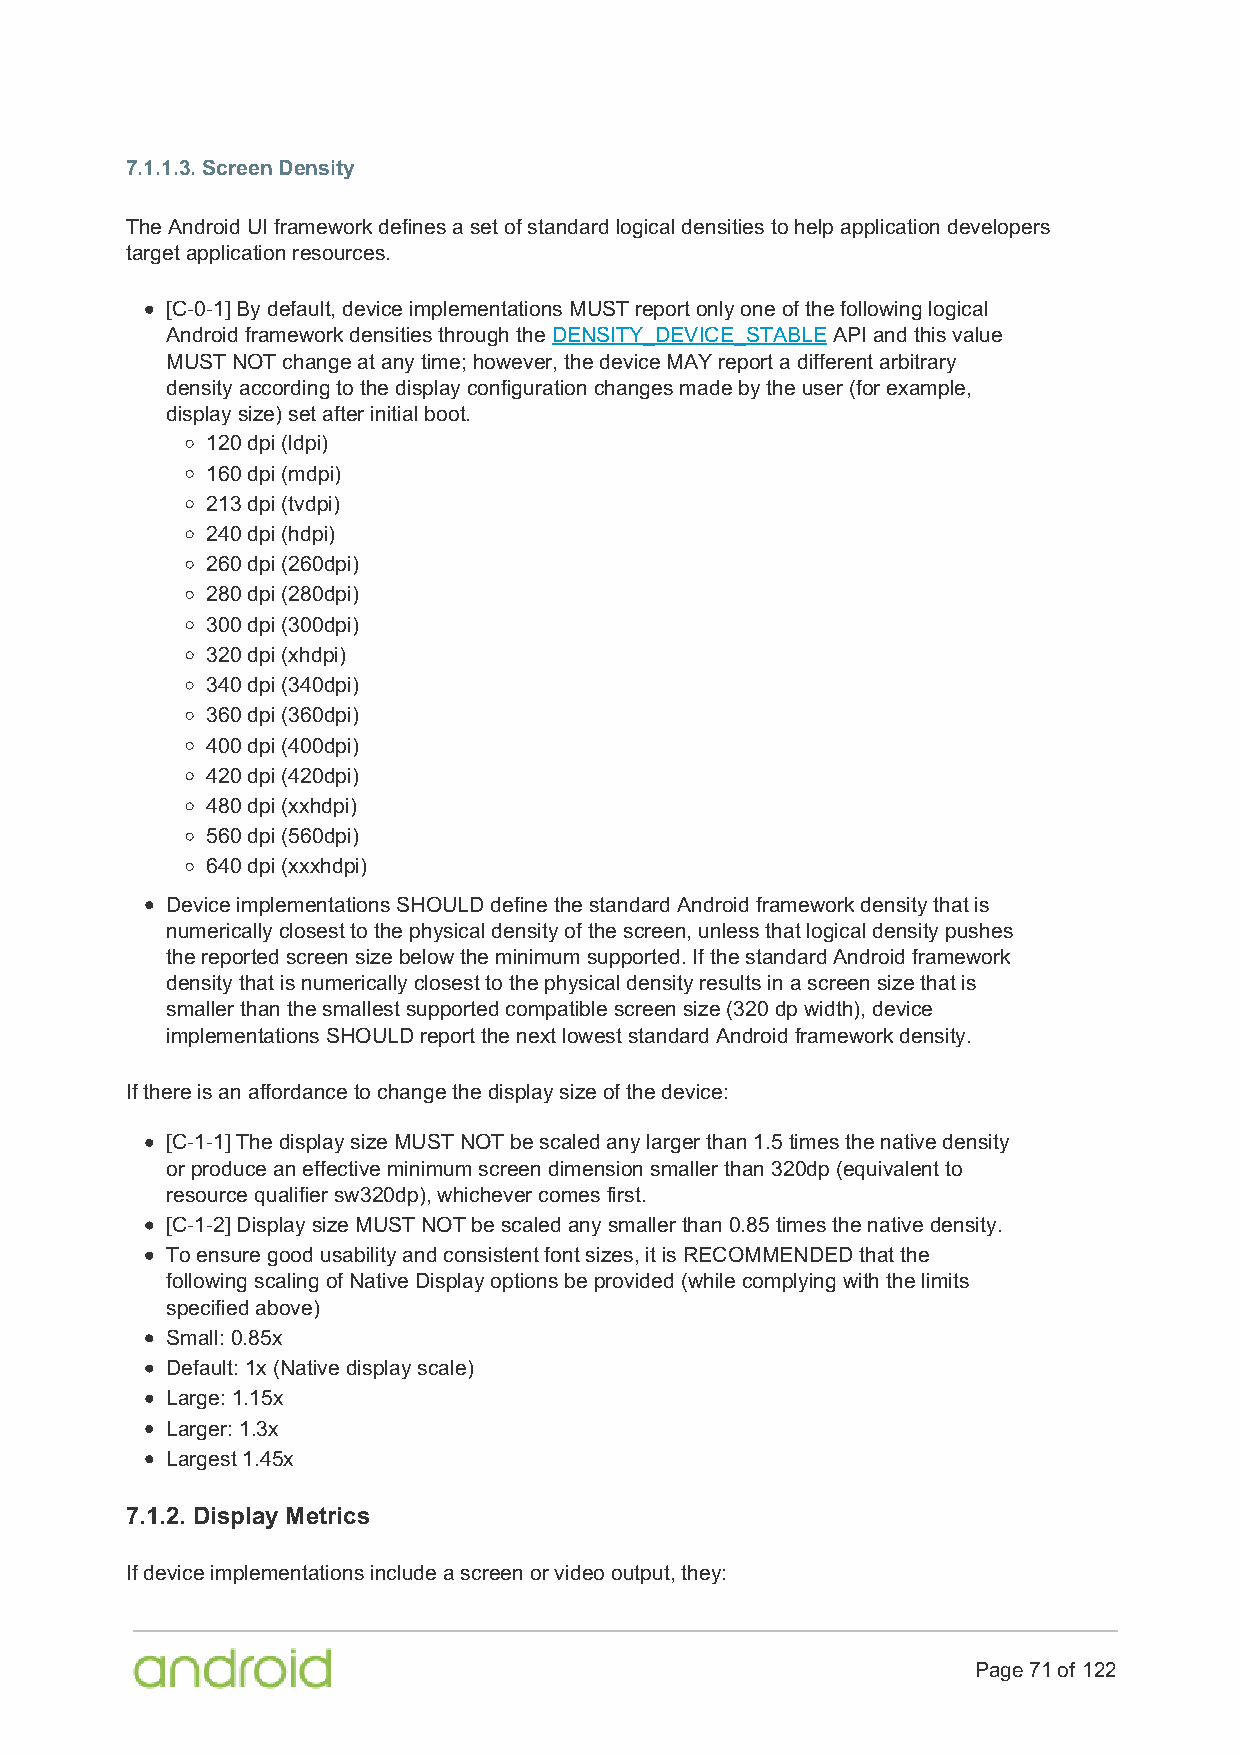
7.1.1.3. Screen Density
 The Android UI framework defines a set of standard logical densities to help application developers
 target application resources.
 [C-0-1] By default, device implementations MUST report only one of the following logical
 Android framework densities through the DENSITY_DEVICE_STABLE API and this value
 MUST NOT change at any time; however, the device MAY report a different arbitrary
 density according to the display configuration changes made by the user (for example,
 display size) set after initial boot.
 120 dpi (ldpi)
 160 dpi (mdpi)
 213 dpi (tvdpi)
 240 dpi (hdpi)
 260 dpi (260dpi)
 280 dpi (280dpi)
 300 dpi (300dpi)
 320 dpi (xhdpi)
 340 dpi (340dpi)
 360 dpi (360dpi)
 400 dpi (400dpi)
 420 dpi (420dpi)
 480 dpi (xxhdpi)
 560 dpi (560dpi)
 640 dpi (xxxhdpi)
 Device implementations SHOULD define the standard Android framework density that is
 numerically closest to the physical density of the screen, unless that logical density pushes
 the reported screen size below the minimum supported. If the standard Android framework
 density that is numerically closest to the physical density results in a screen size that is
 smaller than the smallest supported compatible screen size (320 dp width), device
 implementations SHOULD report the next lowest standard Android framework density.
 If there is an affordance to change the display size of the device:
 [C-1-1] The display size MUST NOT be scaled any larger than 1.5 times the native density
 or produce an effective minimum screen dimension smaller than 320dp (equivalent to
 resource qualifier sw320dp), whichever comes first.
 [C-1-2] Display size MUST NOT be scaled any smaller than 0.85 times the native density.
 To ensure good usability and consistent font sizes, it is RECOMMENDED that the
 following scaling of Native Display options be provided (while complying with the limits
 specified above)
 Small: 0.85x
 Default: 1x (Native display scale)
 Large: 1.15x
 Larger: 1.3x
 Largest 1.45x
 7.1.2. Display Metrics
 If device implementations include a screen or video output, they:
 Page 71 of 122